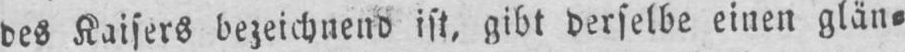
des Kaisers bezeichnend ist, gibt derselbe einen glän⸗